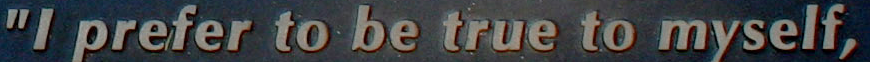
"I prefer to be true to myself,